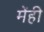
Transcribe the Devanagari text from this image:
मेंही